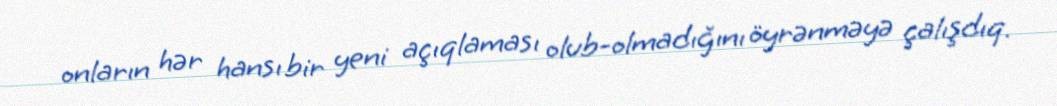
onların hər hansı bir yeni açıqlaması olub-olmadığını öyrənməyə çalışdıq.